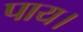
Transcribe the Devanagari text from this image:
पाय।